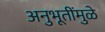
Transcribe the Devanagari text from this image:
अनुभूतींमुळे